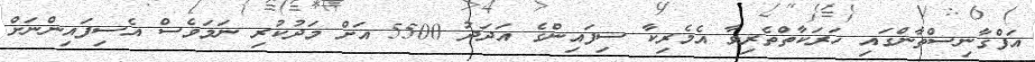
އަފްގާނިސްތާންގައި ހަރަކާތްތެރިވާ އެމެރިކާ ސިފައިންގެ އަދަދު 5500 އަށް މަދުކުރި ނަމަވެސް އެސިފައިންނަށް